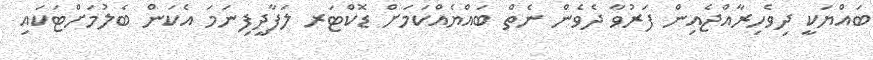
ބައްޔަކީ ދިވެހިރާއްޖެއިން ފަރުވާ ދެވެން ނެތް ބައްޔެއްކަމަށް ޑޮކްޓަރ ލަފާދީފިނަމަ އެކަން ބެލުމަށްޓަކައި